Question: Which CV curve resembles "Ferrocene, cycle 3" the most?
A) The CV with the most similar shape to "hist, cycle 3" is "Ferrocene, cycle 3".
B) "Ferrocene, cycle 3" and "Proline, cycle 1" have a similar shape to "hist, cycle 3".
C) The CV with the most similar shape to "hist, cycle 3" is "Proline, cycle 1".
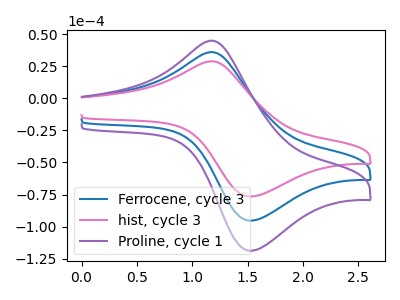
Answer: <think>The blue curve "Ferrocene, cycle 3" has an anodic peak at (1.20V, 36.20uA) and a cathodic peak at (1.50V, -95.40uA). The pink curve "hist, cycle 3" has an anodic peak at (1.20V, 29.05uA) and a cathodic peak at (1.50V, -76.55uA). The purple curve "Proline, cycle 1" has an anodic peak at (1.20V, 72.45uA) and a cathodic peak at (1.50V, -190.80uA).
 All the peaks in "Ferrocene, cycle 3" have a peak in "hist, cycle 3" at the same potential. Every peak in "Ferrocene, cycle 3" is higher than every peak in "hist, cycle 3". All the peaks in "Ferrocene, cycle 3" have a peak in "Proline, cycle 1" at the same potential. Every peak in "Ferrocene, cycle 3" is lower than every peak in "Proline, cycle 1". All the peaks in "hist, cycle 3" have a peak in "Proline, cycle 1" at the same potential. Every peak in "hist, cycle 3" is lower than every peak in "Proline, cycle 1".</think>
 <answer>B) "Ferrocene, cycle 3" and "Proline, cycle 1" have a similar shape to "hist, cycle 3".</answer>
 <eval>B</eval>